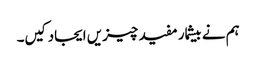
ہم نے بیشمار مفید چیزیں ایجاد کیں۔